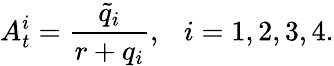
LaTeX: A_{t}^{i}=\frac{\tilde{q}_{i}}{r+q_{i}},\ \ \ i=1,2,3,4.